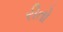
રીતો